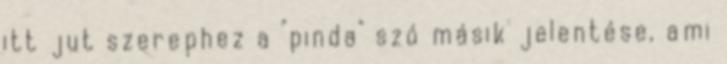
itt jut szerephez a "pinda" szó másik jelentése, ami